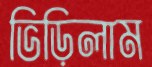
ভিড়িলাম